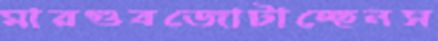
মারগুবজোটাচ্ছেনস